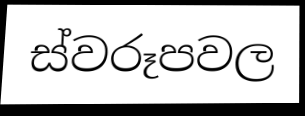
ස්වරූපවල